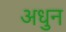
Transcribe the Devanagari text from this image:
अधुन